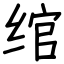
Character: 绾